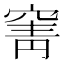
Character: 𮄄